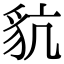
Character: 𧲪